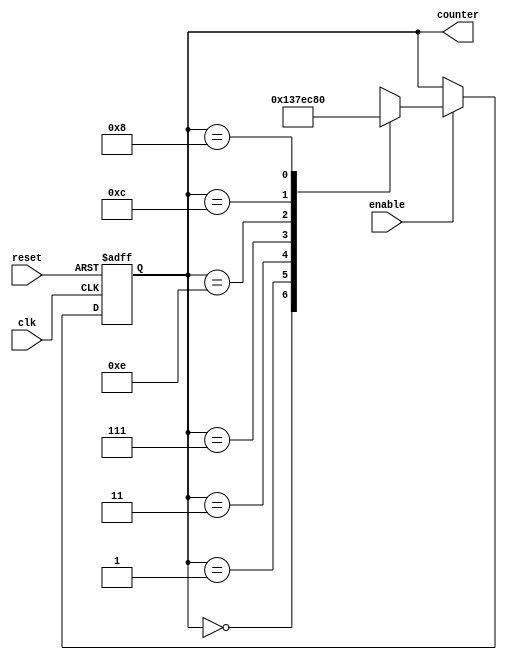
module JohnsonCounterWithEnable(
    input wire clk,
    input wire reset,
    input wire enable,
    output reg [3:0] counter
);

reg [3:0] next_state;

always @ (posedge clk or posedge reset) begin
    if (reset) begin
        counter <= 4'b0000;
    end else if (enable) begin
        counter <= next_state;
    end
end

always @* begin
    case(counter)
        4'b0000: next_state = 4'b0001;
        4'b0001: next_state = 4'b0011;
        4'b0011: next_state = 4'b0111;
        4'b0111: next_state = 4'b1110;
        4'b1110: next_state = 4'b1100;
        4'b1100: next_state = 4'b1000;
        4'b1000: next_state = 4'b0000;
        default: next_state = 4'bxxxx;
    endcase
end

endmodule